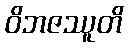
ဝိဘဇဿူတိ